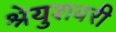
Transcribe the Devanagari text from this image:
श्रेयुशबरी